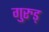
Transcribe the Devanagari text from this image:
गुरुड्